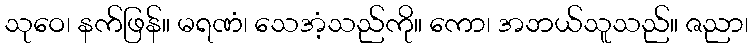
သုဝေ၊ နက်ဖြန်။ မရဏံ၊ သေအံ့သည်ကို။ ကော၊ အဘယ်သူသည်။ ဇညာ၊